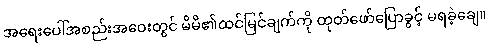
အရေးပေါ်အစည်းအဝေးတွင် မိမိ၏ထင်မြင်ချက်ကို ထုတ်ဖော်ပြောခွင့် မရခဲ့ချေ။